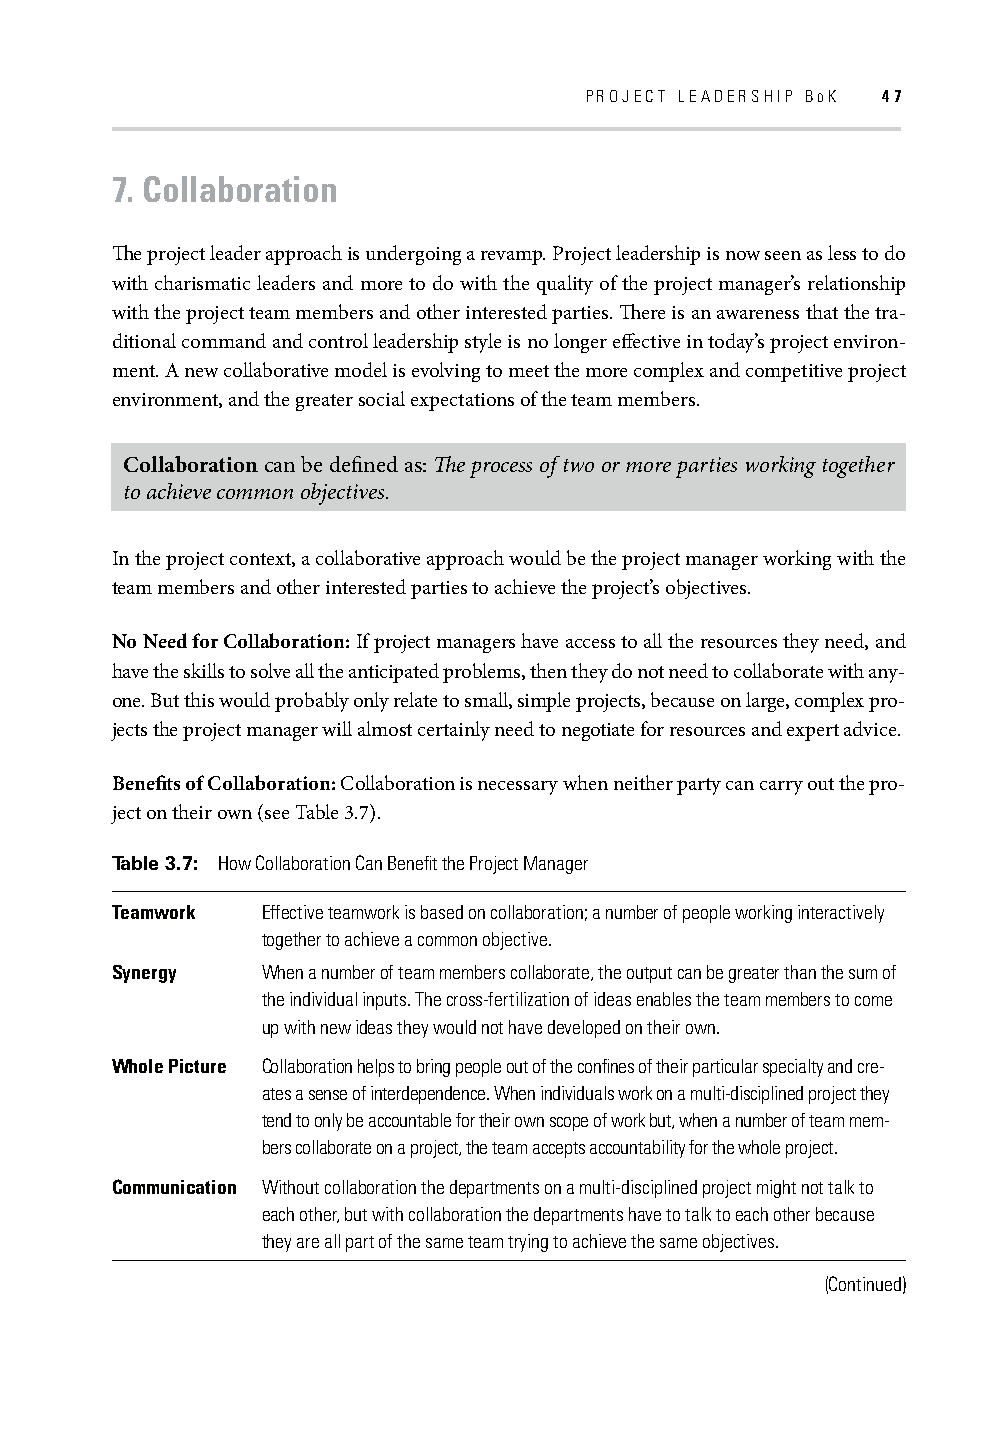
PROJECT LEADERSHIP BOK 47
 7. Collaboration
 Th e project leader approach is undergoing a revamp. Project leadership is now seen as less to do
 with charismatic leaders and more to do with the quality of the project manager’s relationship
 with the project team members and other interested parties. Th ere is an awareness that the tra-
 ditional command and control leadership style is no longer eff ective in today’s project environ-
 ment. A new collaborative model is evolving to meet the more complex and competitive project
 environment, and the greater social expectations of the team members.
 Collaboration can be defi ned as: Th e process of two or more parties working together
 to achieve common objectives.
 In the project context, a collaborative approach would be the project manager working with the
 team members and other interested parties to achieve the project’s objectives.
 No Need for Collaboration: If project managers have access to all the resources they need, and
 have the skills to solve all the anticipated problems, then they do not need to collaborate with any-
 one. But this would probably only relate to small, simple projects, because on large, complex pro-
 jects the project manager will almost certainly need to negotiate for resources and expert advice.
 Benefi ts of Collaboration: Collaboration is necessary when neither party can carry out the pro-
 ject on their own (see Table 3.7).
 Table 3.7: How Collaboration Can Benefi t the Project Manager
 Teamwork  Effective teamwork is based on collaboration; a number of people working interactively
 together to achieve a common objective.
 Synergy   When a number of team members collaborate, the output can be greater than the sum of
 the individual inputs. The cross-fertilization of ideas enables the team members to come
 up with new ideas they would not have developed on their own.
 Whole Picture Collaboration helps to bring people out of the confi nes of their particular specialty and cre-
 ates a sense of interdependence. When individuals work on a multi-disciplined project they
 tend to only be accountable for their own scope of work but, when a number of team mem-
 bers collaborate on a project, the team accepts accountability for the whole project.
 Communication Without collaboration the departments on a multi-disciplined project might not talk to
 each other, but with collaboration the departments have to talk to each other because
 they are all part of the same team trying to achieve the same objectives.
 (Continued)